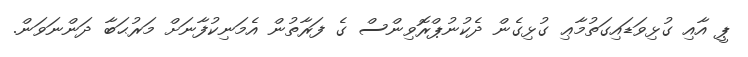
ޕީ އާއި ގުޅިވަޑައިގަތުމާޢި ގުޅިގެން ދެކުނުޕްރޮވިންސް ގެ ފަރާތުން އެމަނިކުފާނަށް މަރުޙަބާ ދަންނަވަން.